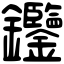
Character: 𨰹